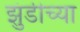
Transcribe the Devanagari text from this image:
झुंडीच्या